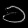
Digit: ၁